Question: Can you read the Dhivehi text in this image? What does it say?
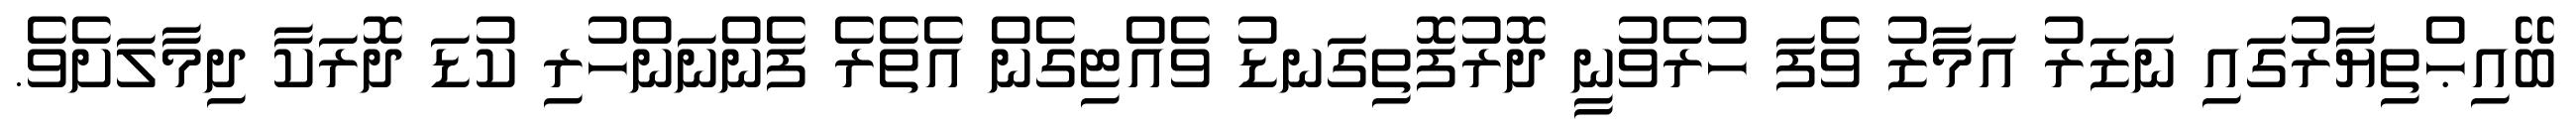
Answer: ބޭއިޙްތިޔާރުގައި ނަޒަރު އަމާޒު ވެފަ ހުރެވުނީ ދޮރުފޮތިގަނޑު ވެއްޓިގެން އެތެރެ ފެންނަންހުރި ކުޑަ ދޮރަކާ ދިމާލަށެވެ.